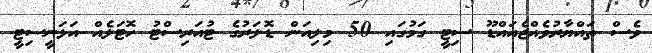
ވެސް ތައްޔާރުވެއްޖެއައްޑޫ ސިޓީ ގަމުގައި 50 މިލިއަން ޑޮލަރުގެ ޓުއަރިސްޓު ހޮޓަލެއް އަޅަނީސިޓީ